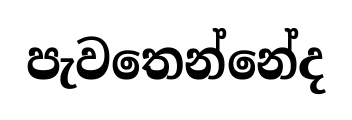
පැවතෙන්නේද